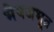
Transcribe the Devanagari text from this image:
भैषजभूत